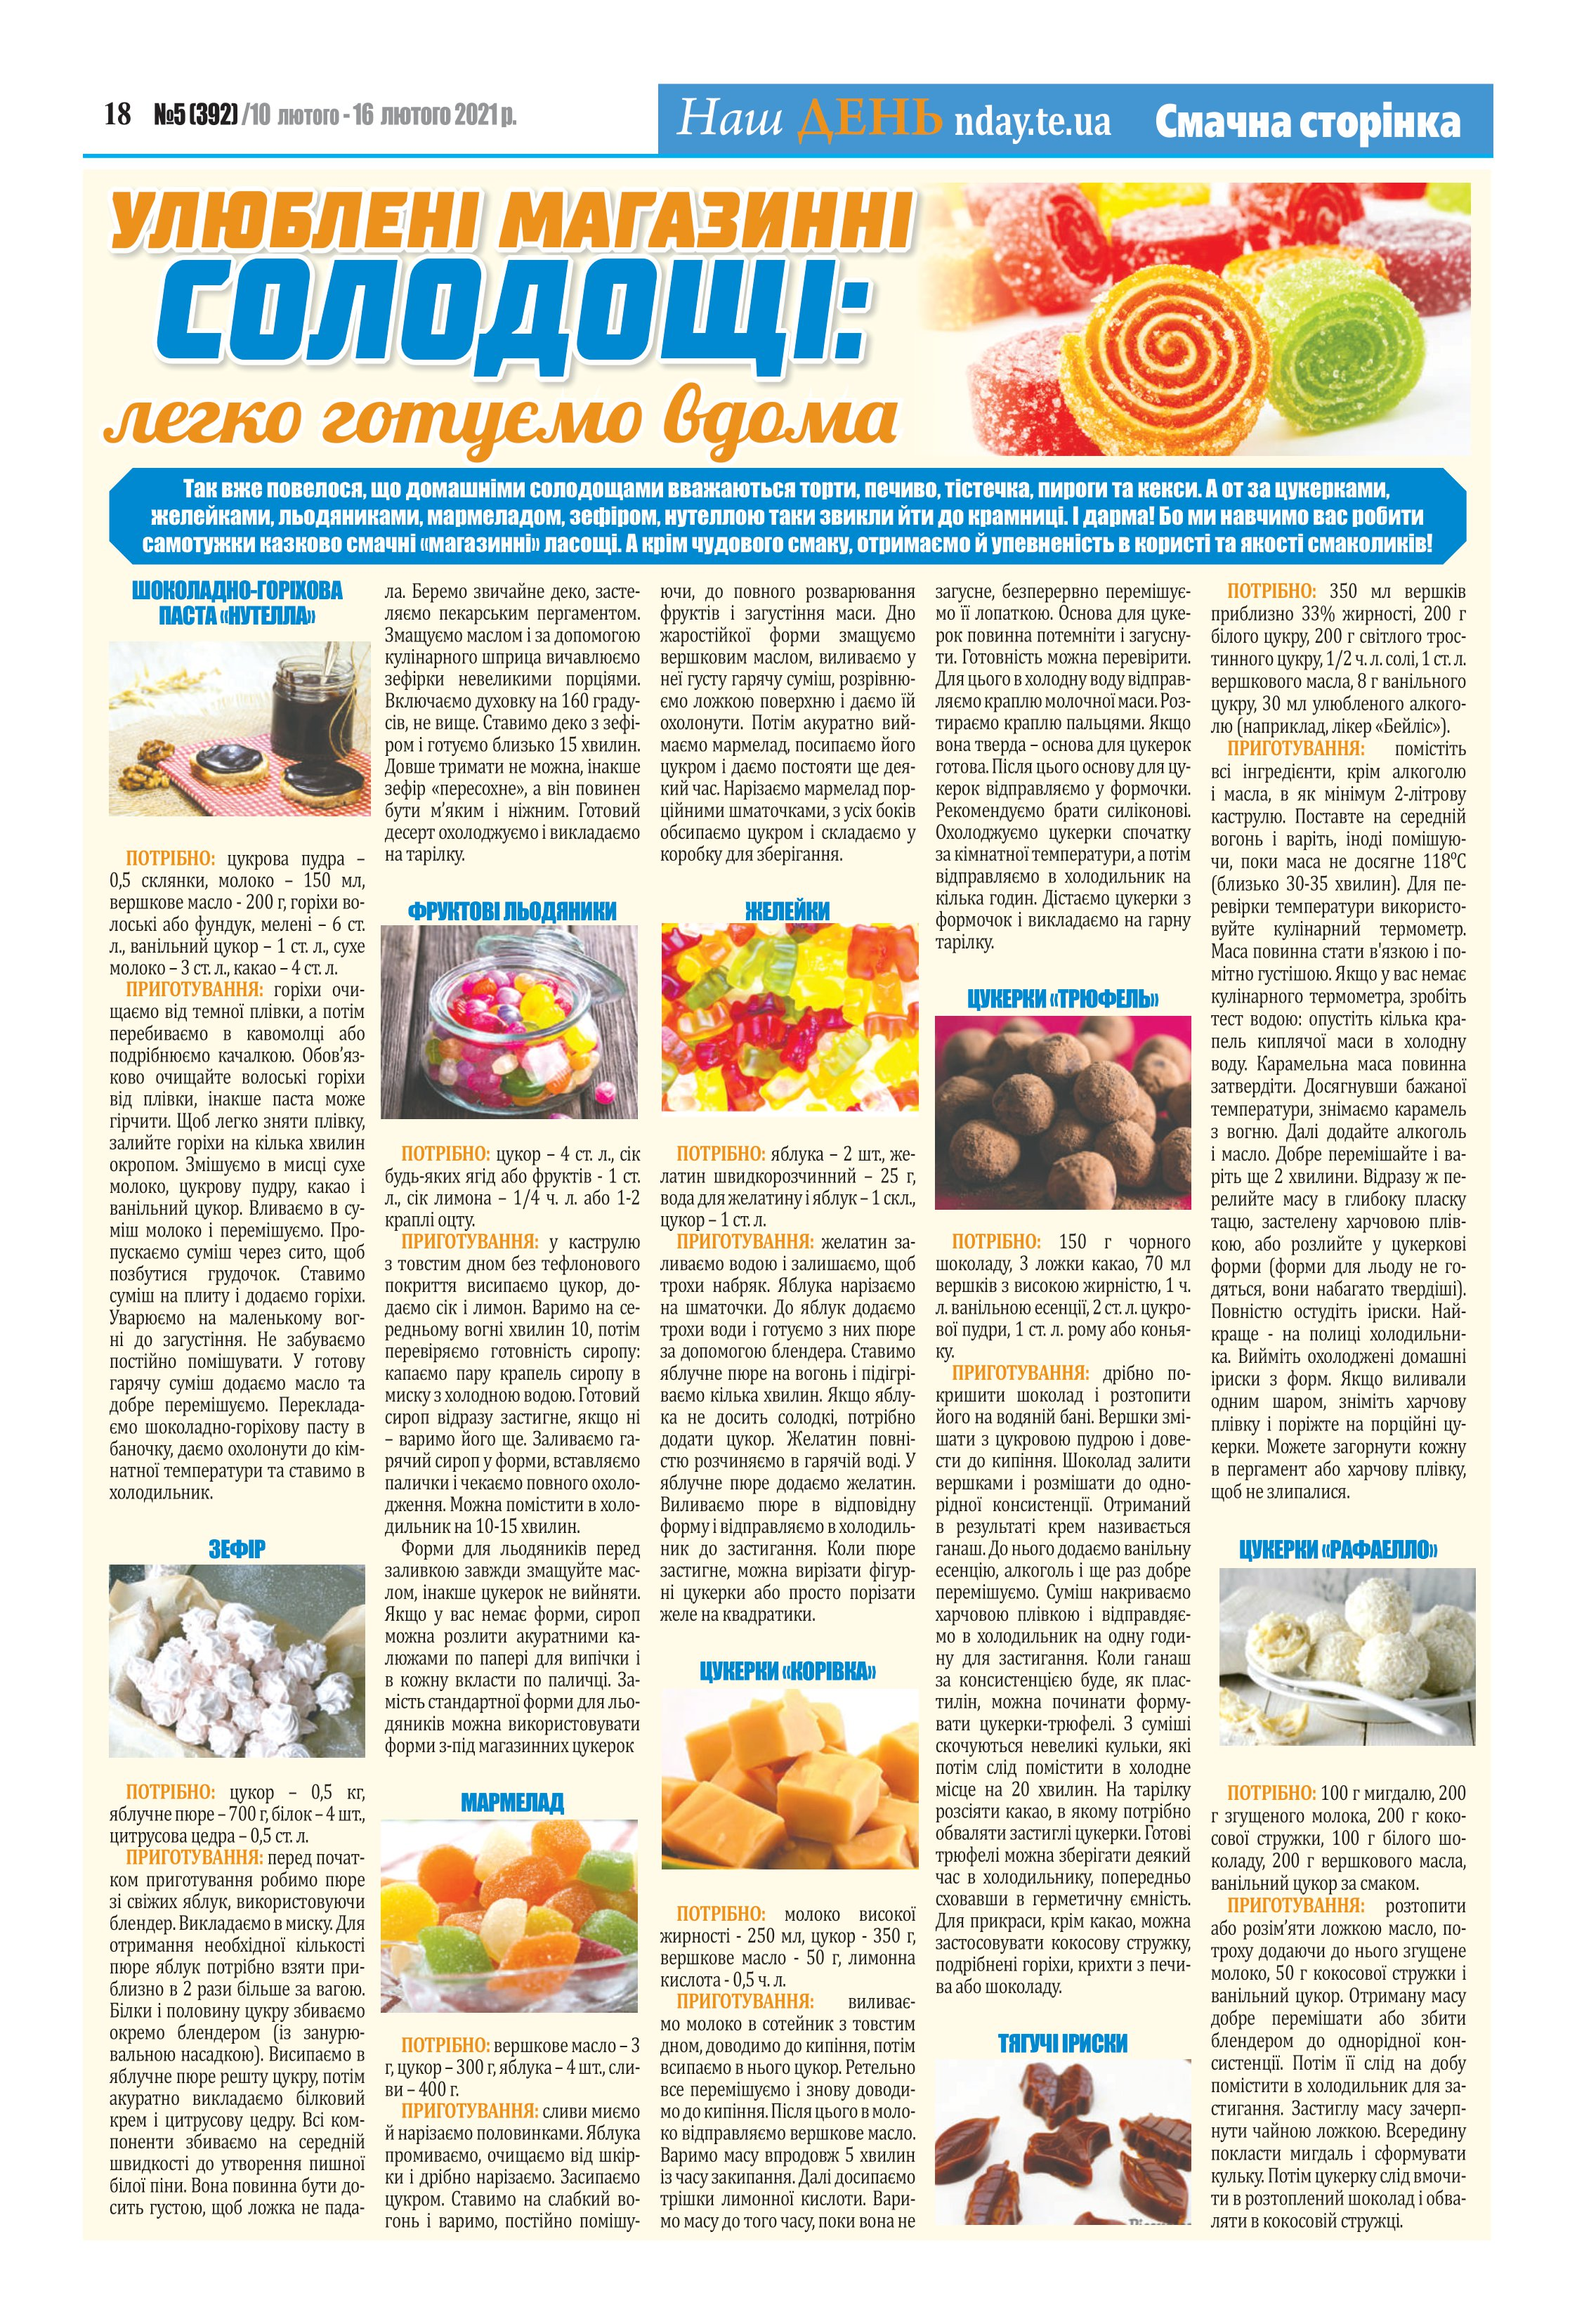
Language: uk